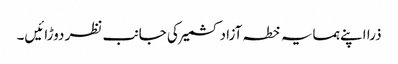
ذرا اپنے ہمسایہ خطہ آزاد کشمیر کی جانب نظر دوڑائیں۔